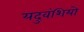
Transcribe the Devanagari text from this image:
यदुवंशियो